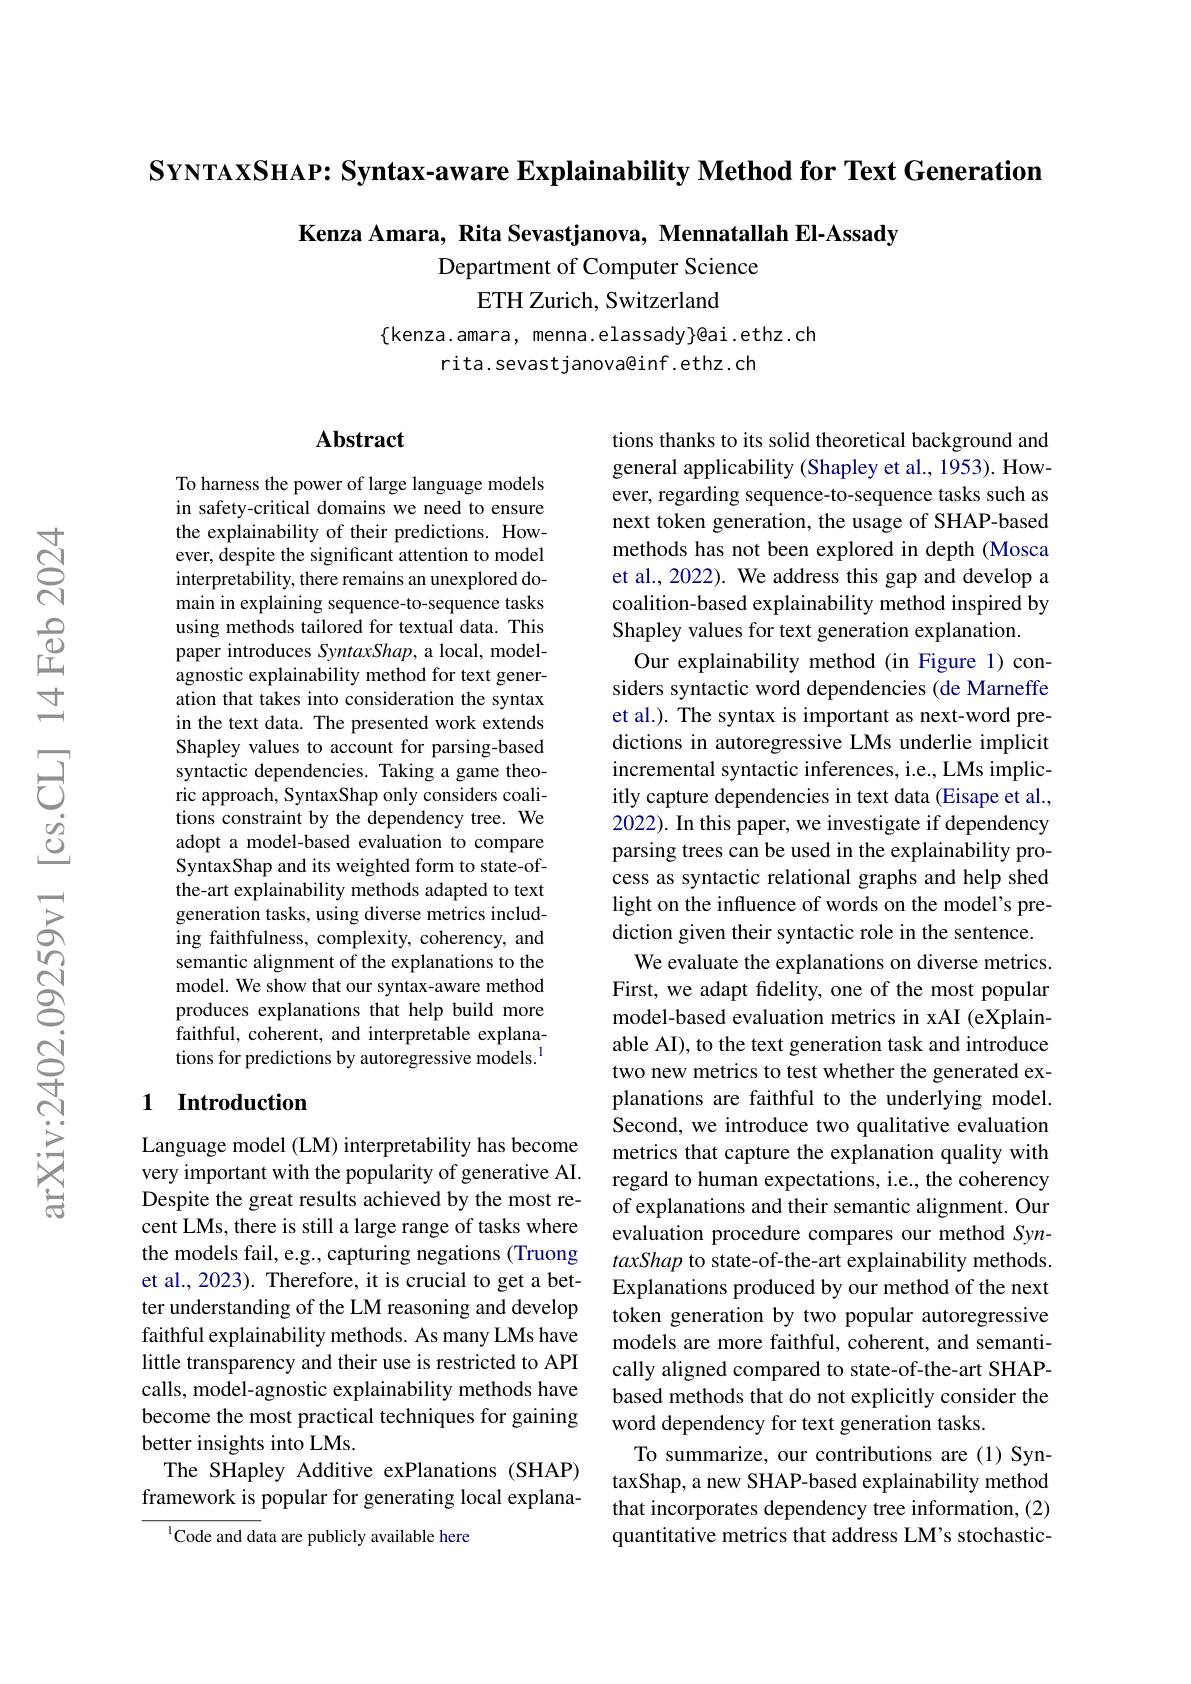
$\textbf{SYNTAXSHAP: Syntax- aware Explainability Method for Text Generation}$

$\textbf{Kenza Amara, Rita Sevastjanova, Mennatallah El- Assady}$
Department of Computer Science
### ETH Zurich, Switzerland

$\{$kenza.amara, menna.elassady$\}$@ai.ethz.ch
rita.sevastjanova@inf.ethz.ch

## $\mathbf{Abstract}$

To harness the power of large language models in safety-critical domains we need to ensure the explainability of their predictions. However, despite the significant attention to model interpretability, there remains an unexplored domain in explaining sequence-to-sequence tasks using methods tailored for textual data. This paper introduces SyntaxShap, a local, modelagnostic explainability method for text generation that takes into consideration the syntax in the text data. The presented work extends Shapley values to account for parsing-based syntactic dependencies. Taking a game theoric approach, SyntaxShap only considers coalitions constraint by the dependency tree. We adopt a model-based evaluation to compare SyntaxShap and its weighted form to state-ofthe-art explainability methods adapted to text generation tasks, using diverse metrics including faithfulness, complexity, coherency, and semantic alignment of the explanations to the model. We show that our syntax-aware method produces explanations that help build more faithful, coherent, and interpretable explanations for predictions by autoregressive models.$^{\mathrm{l}}$

tions thanks to its solid theoretical background and general applicability (Shapley et al., 1953). However, regarding sequence-to-sequence tasks such as next token generation, the usage of SHAP-based methods has not been explored in depth (Mosca et al., 2022). We address this gap and develop a coalition-based explainability method inspired by Shapley values for text generation explanation.
Our explainability method (in Figure 1)considers syntactic word dependencies (de Marneffe et al.). The syntax is important as next-word predictions in autoregressive LMs underlie implicit incremental syntactic inferences, i.e., LMs implicitly capture dependencies in text data (Eisape et al., 2022). In this paper, we investigate if dependency parsing trees can be used in the explainability process as syntactic relational graphs and help shed light on the influence of words on the model's prediction given their syntactic role in the sentence.
We evaluate the explanations on diverse metrics. First, we adapt fidelity, one of the most popular model-based evaluation metrics in xAI (eXplainable AI), to the text generation task and introduce two new metrics to test whether the generated explanations are faithful to the underlying model. Second, we introduce two qualitative evaluation metrics that capture the explanation quality with regard to human expectations, i.e., the coherency of explanations and their semantic alignment. Our evaluation procedure compares our method SyntaxShap to state-of-the-art explainability methods. Explanations produced by our method of the next token generation by two popular autoregressive models are more faithful, coherent, and semantically aligned compared to state-of-the-art SHAPbased methods that do not explicitly consider the word dependency for text generation tasks.
To summarize, our contributions are (1) SyntaxShap, a new SHAP-based explainability method that incorporates dependency tree information, (2) quantitative metrics that address LM's stochastic-

## 1 Introduction

Language model (LM) interpretability has become very important with the popularity of generative AI. Despite the great results achieved by the most recent LMs, there is still a large range of tasks where the models fail, e.g., capturing negations (Truong et al., 2023). Therefore, it is crucial to get a better understanding of the LM reasoning and develop faithful explainability methods. As many LMs have little transparency and their use is restricted to API calls, model-agnostic explainability methods have become the most practical techniques for gaining better insights into LMs.
The SHapley Additive exPlanations (SHAP) framework is popular for generating local explana-

$^{1}$Code and data are publicly available here